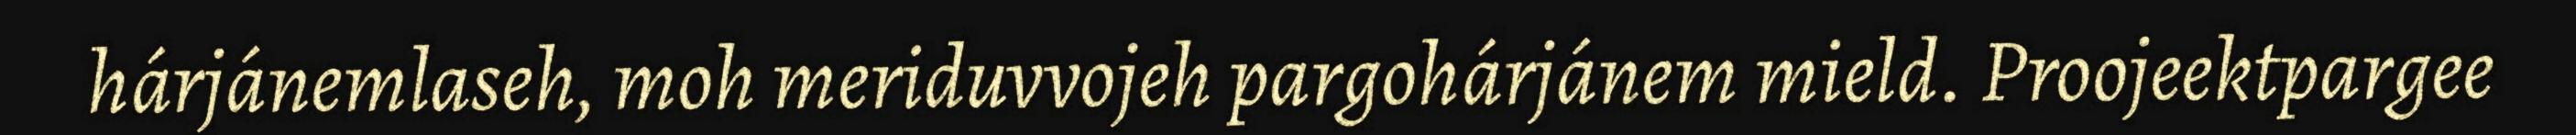
hárjánemlaseh, moh meriduvvojeh pargohárjánem mield. Proojeektpargee